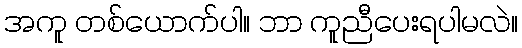
အကူ တစ်ယောက်ပါ။ ဘာ ကူညီပေးရပါမလဲ။